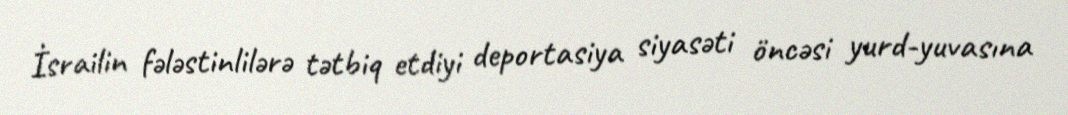
İsrailin fələstinlilərə tətbiq etdiyi deportasiya siyasəti öncəsi yurd-yuvasına